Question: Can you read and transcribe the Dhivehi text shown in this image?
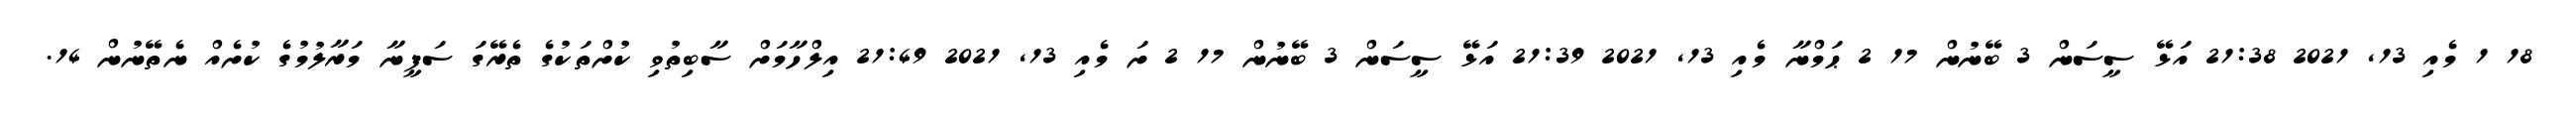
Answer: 18 1 މެއި 13, 2021 21:38 އަޅޭ ސީސަން 3 ބޭނުން 17 2 ޙަމްނާ މެއި 13, 2021 21:39 އަޅޭ ސީސަން 3 ބޭނުން 17 2 ށަ މެއި 13, 2021 21:49 އިލްހާމަށް ސާބިތުވި ކުށްތަކުގެ ތެރޭގަ ސަފީނާ މަރާލުމުގެ ކުށެއް ނެތޭނުން 14.